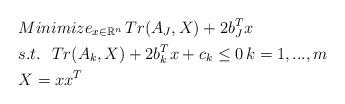
LaTeX: \begin{align*} & Minimize_{ x\in \mathbb{R}^n}\, Tr(A_J,X)+2b_J^Tx\\ &s.t.\ \ Tr(A_k,X)+2b_k^Tx+c_k\le0\,k=1,...,m\\ &X=xx^T \end{align*}